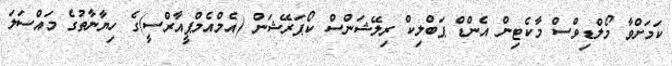
ކަމަށްވާ މޯލްޑިވްސް މާކެޓިން އެންޑް ޕަބްލިކް ރިލޭޝަންސް ކޯޕަރޭޝަން (އެމްއެމްޕީއާރްސީ)ގެ ހިޔާނާތުގެ މައްސަލަ